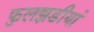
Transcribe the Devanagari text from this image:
फुलझडीयां